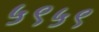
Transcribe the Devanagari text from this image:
५९५९